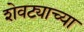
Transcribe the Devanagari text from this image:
शेवट्याच्या